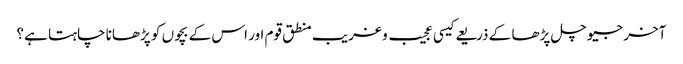
آخر جیو چل پڑھا کے ذریعے کیسی عجیب و غریب منطق قوم اور اس کے بچوں کو پڑھانا چاہتا ہے؟